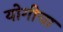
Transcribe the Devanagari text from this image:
योगीचा